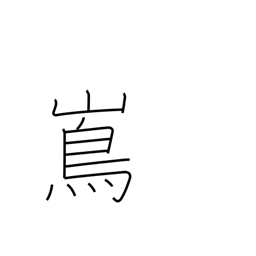
Meaning: island